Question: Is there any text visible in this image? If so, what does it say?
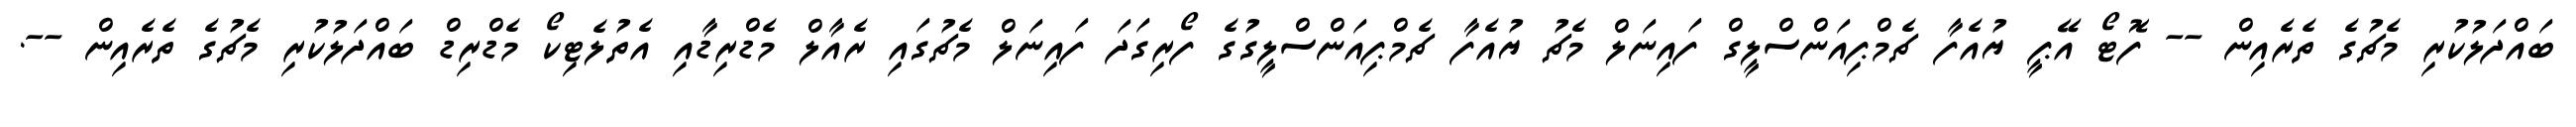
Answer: ބައްދަލުކުރި މެޗުގެ ތެރެއިން -- ފޮޓޯ އޭޕީ ޔުއެފާ ޗެމްޕިއަންސްލީގް ފައިނަލް މެޗު ޔުއެފާ ޗެމްޕިއަންސްލީގުގެ ފޯރިގަދަ ފައިނަލް މެޗުގައި ރެއާލް މެޑްރިޑާއި އެތުލެޓިކޯ މެޑްރިޑް ބައްދަލުކުރި މެޗުގެ ތެރެއިން --.